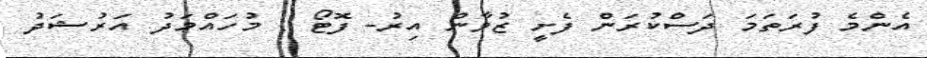
އެންމެ ފުރަތަމަ ދަސްކުރަން ފެށީ ޒުވާން އިރު- ފޮޓޯ : މުހަައްމަދު އަރުޝަދު